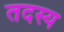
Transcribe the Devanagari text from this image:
तदस्य